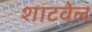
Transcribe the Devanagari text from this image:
शाटवेल